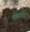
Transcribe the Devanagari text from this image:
थोड्यापार